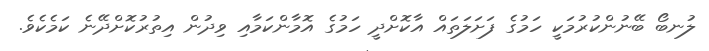
ލުނބޯ ބޭނުންކުރުމަކީ ހަމުގެ ފަށަލަތައް އާކޮށްދީ ހަމުގެ އޮމާންކަމާއި ވިދުން އިތުރުކޮށްދޭނެ ކަމެކެވެ.